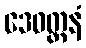
ဒေဝတ္တနံ